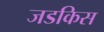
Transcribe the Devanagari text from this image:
जडकिस